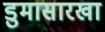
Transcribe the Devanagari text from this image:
डुमासारखा